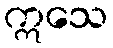
ဣသေ